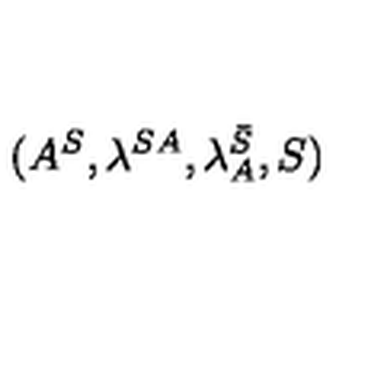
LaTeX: ( A ^ { S } , \lambda ^ { S A } , \lambda _ { A } ^ { \bar { S } } , S )